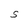
Character: S